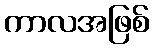
ကာလအဖြစ်